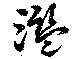
濫